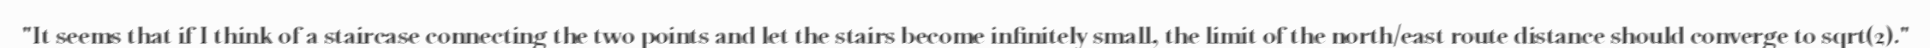
"It seems that if I think of a staircase connecting the two points and let the stairs become infinitely small, the limit of the north/east route distance should converge to sqrt(2)."